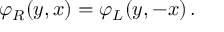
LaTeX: \varphi _ { R } ( y , x ) = \varphi _ { L } ( y , - x ) \, .